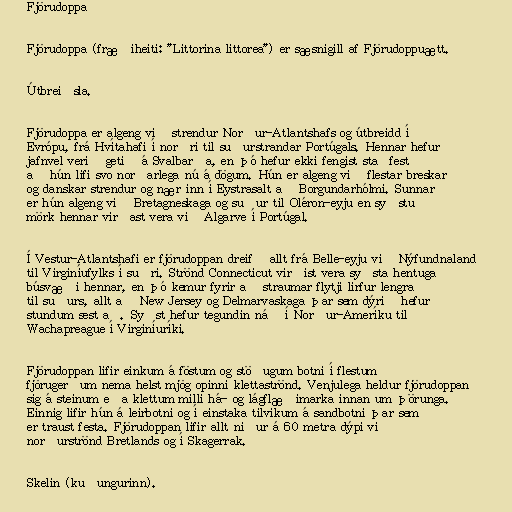
Fjörudoppa

Fjörudoppa (fræðiheiti: "Littorina littorea") er sæsnigill af Fjörudoppuætt.

Útbreiðsla.

Fjörudoppa er algeng við strendur Norður-Atlantshafs og útbreidd í
Evrópu, frá Hvítahafi í norðri til suðurstrandar Portúgals. Hennar hefur
jafnvel verið getið á Svalbarða, en þó hefur ekki fengist staðfest
að hún lifi svo norðarlega nú á dögum. Hún er algeng við flestar breskar
og danskar strendur og nær inn í Eystrasalt að Borgundarhólmi. Sunnar
er hún algeng við Bretagneskaga og suður til Oléron-eyju en syðstu
mörk hennar virðast vera við Algarve í Portúgal.

Í Vestur-Atlantshafi er fjörudoppan dreifð allt frá Belle-eyju við Nýfundnaland
til Virginíufylks í suðri. Strönd Connecticut virðist vera syðsta hentuga
búsvæði hennar, en þó kemur fyrir að straumar flytji lirfur lengra
til suðurs, allt að New Jersey og Delmarvaskaga þar sem dýrið hefur
stundum sest að. Syðst hefur tegundin náð í Norður-Ameríku til
Wachapreague í Virginíuríki.

Fjörudoppan lifir einkum á föstum og stöðugum botni í flestum
fjörugerðum nema helst mjög opinni klettaströnd. Venjulega heldur fjörudoppan
sig á steinum eða klettum milli há- og lágflæðimarka innan um þörunga.
Einnig lifir hún á leirbotni og í einstaka tilvikum á sandbotni þar sem
er traust festa. Fjörudoppan lifir allt niður á 60 metra dýpi við
norðurströnd Bretlands og í Skagerrak.

Skelin (kuðungurinn).